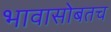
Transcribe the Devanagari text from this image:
भावासोबतच